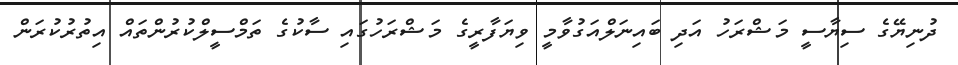
ދުނިޔޭގެ ސިޔާސީ މަޝްރަހު އަދި ބައިނަލްއަގުވާމީ ވިޔަފާރީގެ މަޝްރަހުގައި ސާކުގެ ތަމްސީލްކުރުންތައް އިތުރުކުރަން